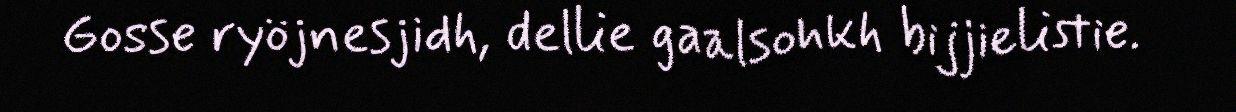
Gosse ryöjnesjidh, dellie gaalsohkh bijjielistie.